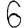
Digit: 6